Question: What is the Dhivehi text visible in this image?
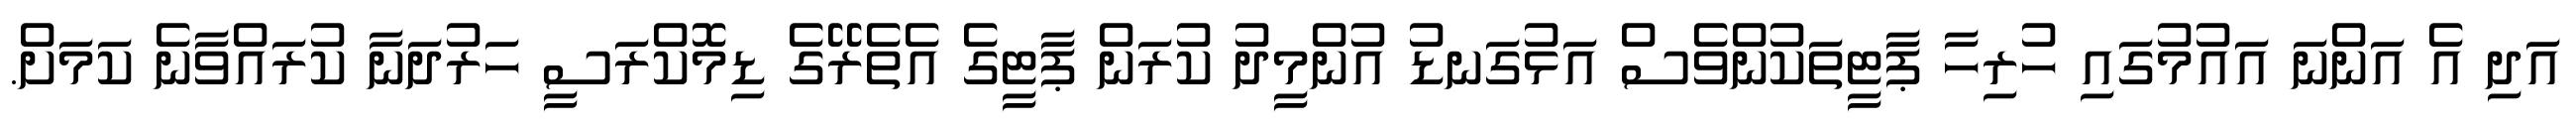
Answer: އަދި އެ އަންނަ އައުމުގައި ހުރިހާ ޕާޓީތަކުންވެސް އަޅުގަނޑު އުންމީދު ކުރަން ޕާޓީގެ އެތެރޭގެ ޑިމޮކްރަސީ ހަރުދަނާ ކުރައްވާނެ ކަމަށް.